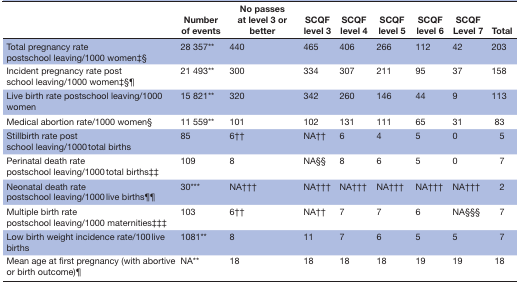
<table><thead><tr><td></td><td><b>Number of events</b></td><td><b>No passes at level 3 or better</b></td><td><b>SCQF level 3</b></td><td><b>SCQF level 4</b></td><td><b>SCQF level 5</b></td><td><b>SCQF level 6</b></td><td><b>SCQF Level 7</b></td><td><b>Total</b></td></tr></thead><tbody><tr><td>Total pregnancy rate postschool leaving/1000 women‡§</td><td>28 357**</td><td>440</td><td>465</td><td>406</td><td>266</td><td>112</td><td>42</td><td>203</td></tr><tr><td>Incident pregnancy rate post school leaving/1000 women‡§¶</td><td>21 493**</td><td>300</td><td>334</td><td>307</td><td>211</td><td>95</td><td>37</td><td>158</td></tr><tr><td>Live birth rate postschool leaving/1000 women</td><td>15 821**</td><td>320</td><td>342</td><td>260</td><td>146</td><td>44</td><td>9</td><td>113</td></tr><tr><td>Medical abortion rate/1000 women§</td><td>11 559**</td><td>101</td><td>102</td><td>131</td><td>111</td><td>65</td><td>31</td><td>83</td></tr><tr><td>Stillbirth rate post school leaving/1000 total births</td><td>85</td><td>6††</td><td>NA††</td><td>6</td><td>4</td><td>5</td><td>0</td><td>5</td></tr><tr><td>Perinatal death rate postschool leaving/1000 total births‡‡</td><td>109</td><td>8</td><td>NA§§</td><td>8</td><td>6</td><td>5</td><td>0</td><td>7</td></tr><tr><td>Neonatal death rate postschool leaving/1000 live births¶¶</td><td>30***</td><td>NA†††</td><td>NA†††</td><td>NA†††</td><td>NA†††</td><td>NA†††</td><td>NA†††</td><td>2</td></tr><tr><td>Multiple birth rate postschool leaving/1000 maternities‡‡‡</td><td>103</td><td>6††</td><td>NA††</td><td>7</td><td>7</td><td>6</td><td>NA§§§</td><td>7</td></tr><tr><td>Low birth weight incidence rate/100 live births</td><td>1081**</td><td>8</td><td>11</td><td>7</td><td>6</td><td>5</td><td>5</td><td>7</td></tr><tr><td>Mean age at first pregnancy (with abortive or birth outcome)¶</td><td>NA**</td><td>18</td><td>18</td><td>18</td><td>18</td><td>19</td><td>19</td><td>18</td></tr></tbody></table>